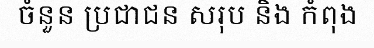
ចំនួន ប្រជាជន សរុប និង កំពុង